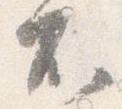
不